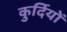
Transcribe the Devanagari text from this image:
कुर्दियों